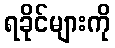
ရခိုင်များကို